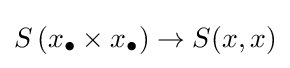
S\left(x_{\bullet }\times x_{\bullet }\right)\to S(x,x)